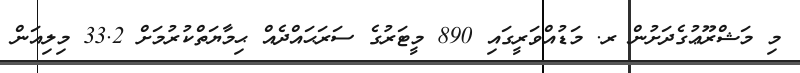
މި މަޝްރޫޢުގެދަށުން ރ. މަޑުއްވަރީގައި 890 މީޓަރުގެ ސަރަޙައްދެއް ޙިމާޔަތްކުރުމަށް 33.2 މިލިއަން